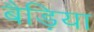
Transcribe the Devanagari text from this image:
बैड़िया